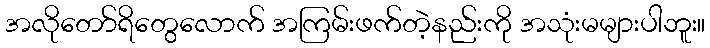
အလိုတော်ရိတွေလောက် အကြမ်းဖက်တဲ့နည်းကို အသုံးမများပါဘူး။